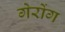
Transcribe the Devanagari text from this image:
गेरोंग